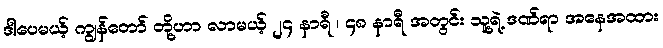
ဒါပေမယ့် ကျွန်တော် တို့ဟာ လာမယ့် ၂၄ နာရီ ၊ ၄၈ နာရီ အတွင်း သူ့ရဲ့ ဒဏ်ရာ အနေအထား